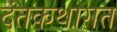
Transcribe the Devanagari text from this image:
दंतकथागत